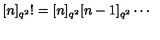
\lbrack n ] _ { q ^ { 2 } } ! = [ n ] _ { q ^ { 2 } } [ n - 1 ] _ { q ^ { 2 } } \cdots